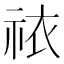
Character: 𫀊